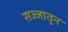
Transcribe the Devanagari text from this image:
सज्जातून